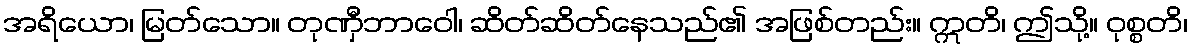
အရိယော၊ မြတ်သော။ တုဏှီဘာဝေါ၊ ဆိတ်ဆိတ်နေသည်၏ အဖြစ်တည်း။ ဣတိ၊ ဤသို့။ ဝုစ္စတိ၊